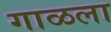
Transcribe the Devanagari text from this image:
गाळला